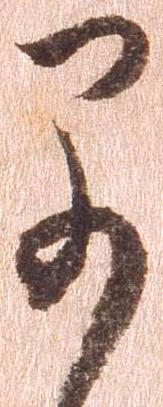
早